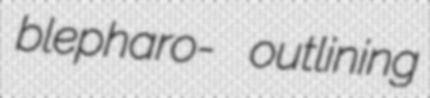
blepharo- outlining